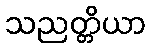
သညတ္တိယာ